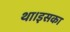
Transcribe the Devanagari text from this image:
था।इसका